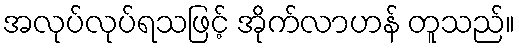
အလုပ်လုပ်ရသဖြင့် အိုက်လာဟန် တူသည်။